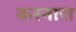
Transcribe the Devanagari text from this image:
करनारा